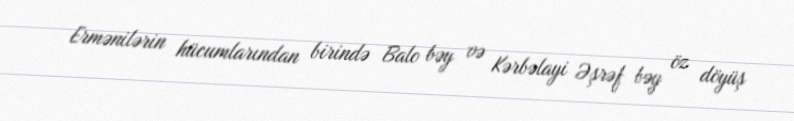
Ermənilərin hücumlarından birində Balo bəy və Kərbəlayi Əşrəf bəy öz döyüş